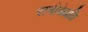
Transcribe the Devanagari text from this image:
रानीकेप्रति